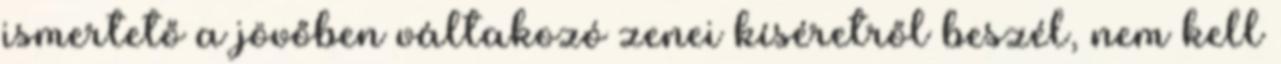
ismertető a jövőben váltakozó zenei kíséretről beszél, nem kell